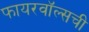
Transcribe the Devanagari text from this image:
फायरवॉल्सची